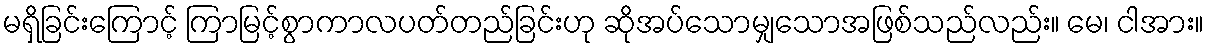
မရှိခြင်းကြောင့် ကြာမြင့်စွာကာလပတ်တည်ခြင်းဟု ဆိုအပ်သောမျှသောအဖြစ်သည်လည်း။ မေ၊ ငါအား။